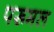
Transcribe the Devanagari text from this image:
परूमल